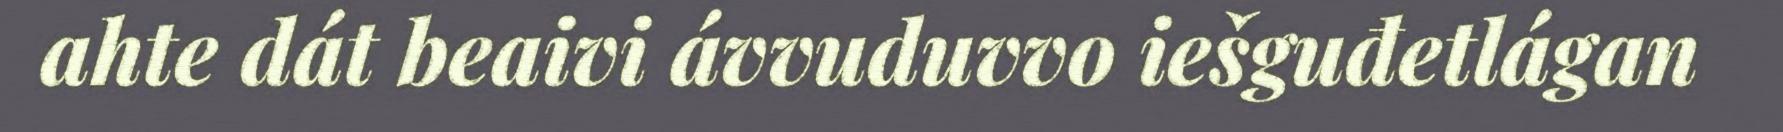
ahte dát beaivi ávvuduvvo iešguđetlágan